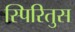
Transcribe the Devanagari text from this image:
स्पिरितुस